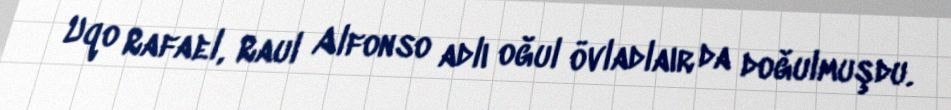
Uqo Rafael, Raul Alfonso adlı oğul övladlaır da doğulmuşdu.